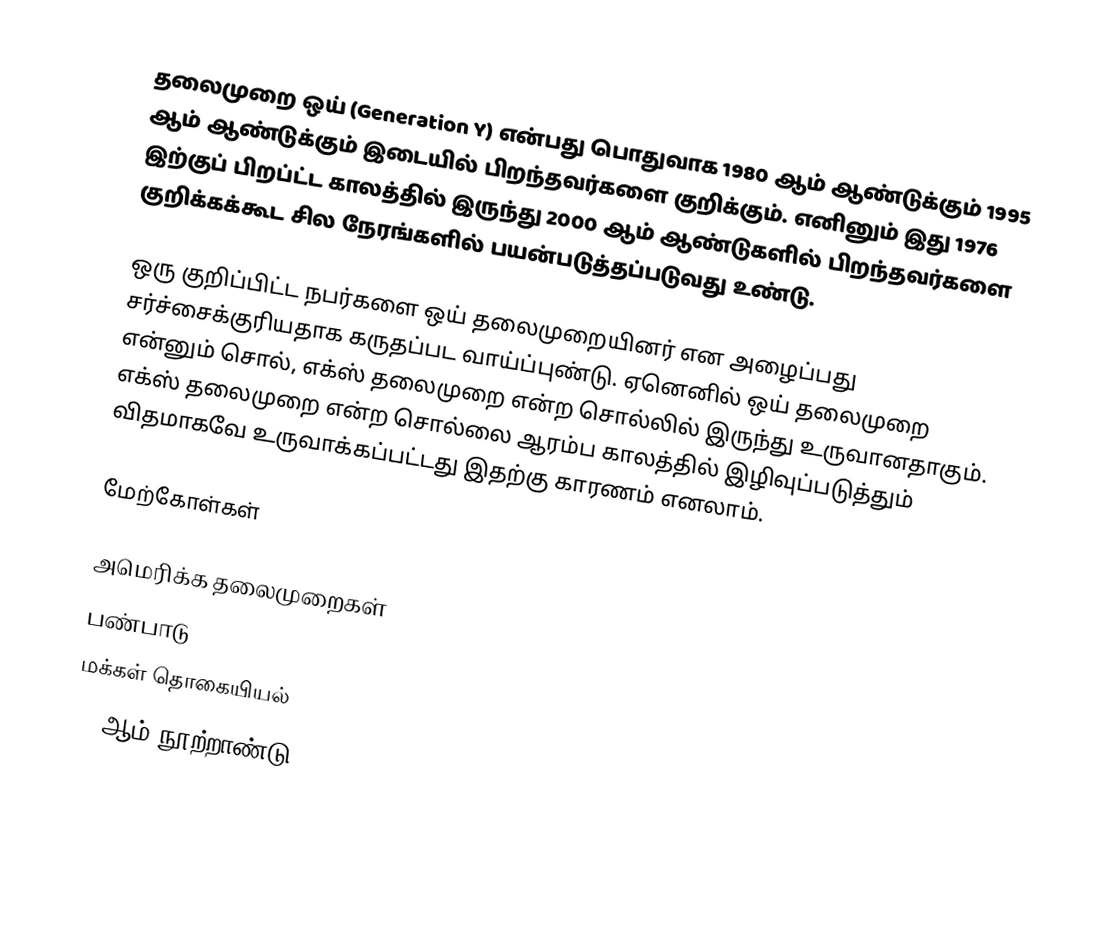
தலைமுறை ஒய் (Generation Y) என்பது பொதுவாக 1980 ஆம் ஆண்டுக்கும் 1995 ஆம் ஆண்டுக்கும் இடையில் பிறந்தவர்களை குறிக்கும். எனினும் இது 1976 இற்குப் பிறப்ட்ட காலத்தில் இருந்து 2000 ஆம் ஆண்டுகளில் பிறந்தவர்களை குறிக்கக்கூட சில நேரங்களில் பயன்படுத்தப்படுவது உண்டு.

ஒரு குறிப்பிட்ட நபர்களை ஒய் தலைமுறையினர் என அழைப்பது சர்ச்சைக்குரியதாக கருதப்பட வாய்ப்புண்டு. ஏனெனில் ஒய்  தலைமுறை என்னும் சொல், எக்ஸ் தலைமுறை என்ற சொல்லில் இருந்து உருவானதாகும். எக்ஸ் தலைமுறை என்ற சொல்லை ஆரம்ப காலத்தில் இழிவுப்படுத்தும் விதமாகவே உருவாக்கப்பட்டது இதற்கு காரணம் எனலாம்.

மேற்கோள்கள்

அமெரிக்க தலைமுறைகள்
பண்பாடு
மக்கள் தொகையியல்
21-ஆம் நூற்றாண்டு